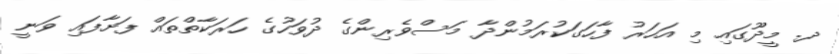
ދ. މީދޫގައި މި އަހަރު ފާހަގަކުރަމުންދާ މަސްވެރިންގެ ދުވަހުގެ ހަރަކާތްތައް ފަށާފައި ވަނީ